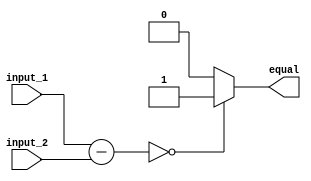
module Equality_Comparator (
    input [7:0] input_1,
    input [7:0] input_2,
    output reg equal
);

reg [7:0] result;

always @* begin
    result = input_1 - input_2;
    if(result == 8'b00000000) begin
        equal = 1;
    end else begin
        equal = 0;
    end
end

endmodule